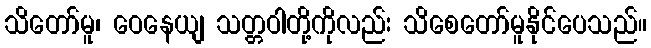
သိတော်မူ၊ ဝေနေယျ သတ္တဝါတို့ကိုလည်း သိစေတော်မူနိုင်ပေသည်။